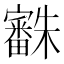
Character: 𣠒